Indian journal of veterinary science and animal husbandry - Volumes 28-29, 1958-1959
Year: 1958
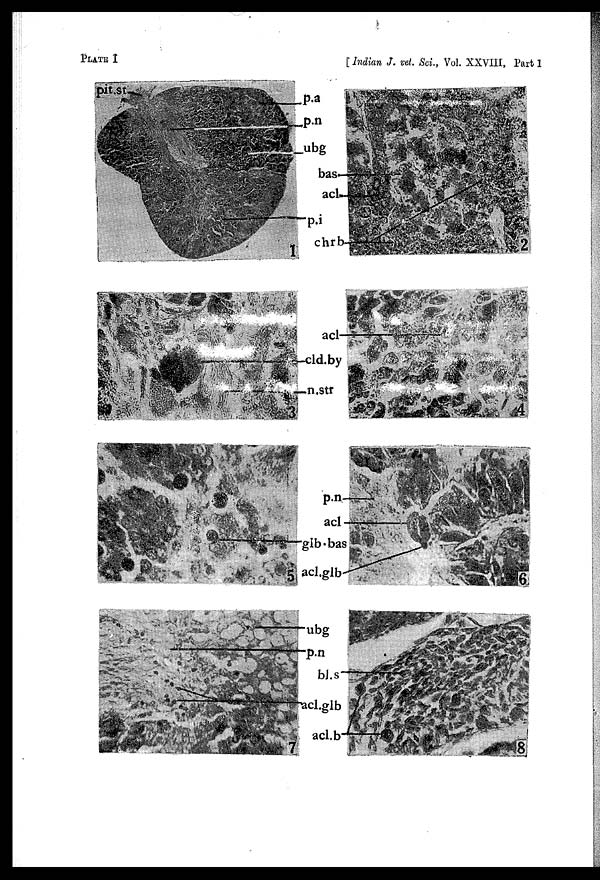
PLATE
I
[ Indian J. vet. Sci., Vol. XXVIII, Part I